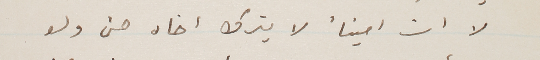
لا ان اميناً لا يترك اخاه حتى ولو